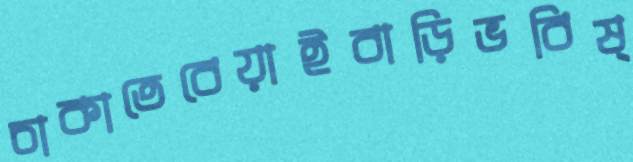
চাকাতেবেয়াইবাড়িভবিষ্